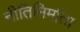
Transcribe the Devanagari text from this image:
नीतिनिर्माता